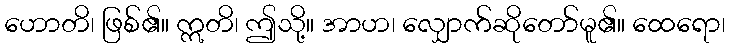
ဟောတိ၊ ဖြစ်၏။ ဣတိ၊ ဤသို့။ အာဟ၊ လျှောက်ဆိုတော်မူ၏။ ထေရော၊